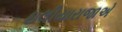
ઇલીયારાજાએ